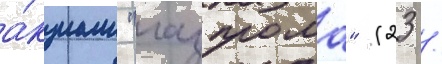
а́кциам "газпрома" (23 /